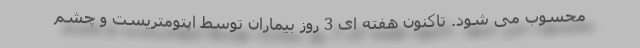
محسوب می شود‌. تاکنون هفته ای 3 روز بیماران توسط اپتومتریست و چشم